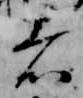
者